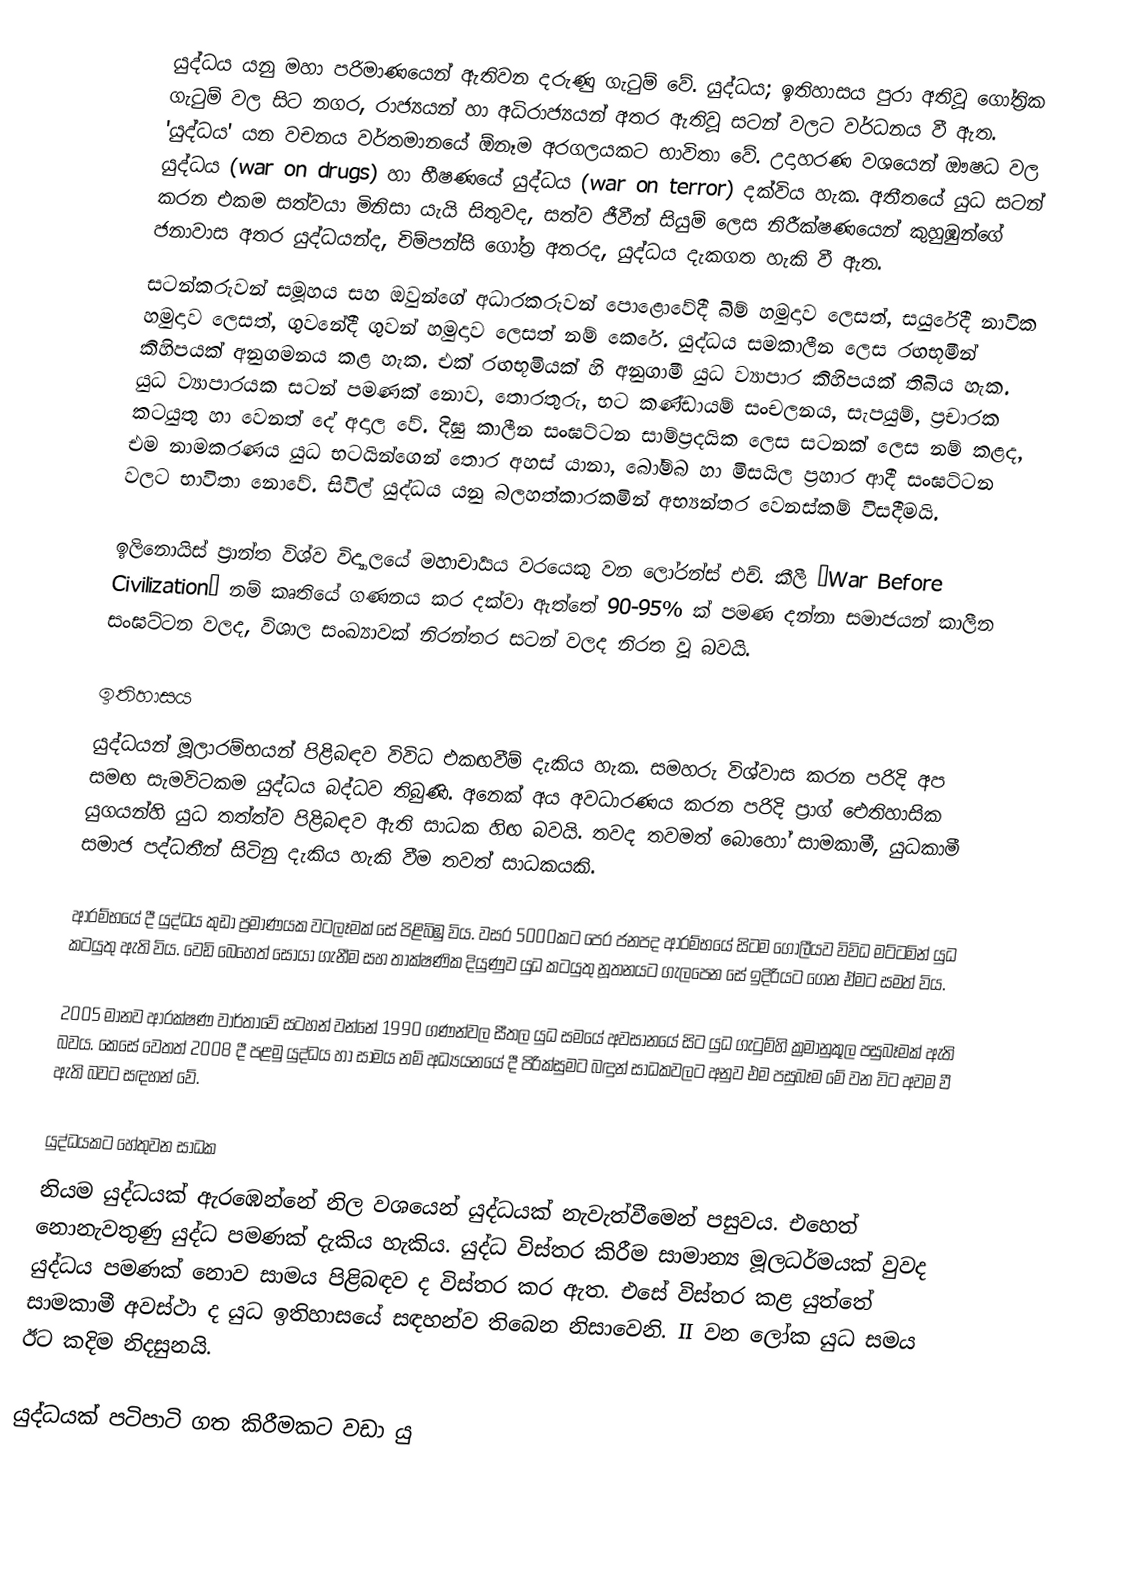
යුද්ධය යනු මහා පරිමාණයෙන් ඇතිවන දරුණු ගැටුම් වේ. යුද්ධය; ඉතිහාසය පුරා අතිවූ ගෝත්‍රික ගැටුම් වල සිට නගර, රාජ්‍යයන් හා අධිරාජ්‍යයන් අතර ඇතිවූ සටන් වලට වර්ධනය වී ඇත. 'යුද්ධය' යන වචනය වර්තමානයේ ඕනෑම අරගලයකට භාවිතා වේ. උදාහරණ වශයෙන් ඖෂධ වල යුද්ධය (war on drugs) හා භීෂණයේ යුද්ධය (war on terror) දක්විය හැක. අතීතයේ යුධ සටන් කරන එකම සත්වයා මිනිසා යැයි සිතුවද, සත්ව ජීවීන් සියුම් ලෙස නිරීක්ෂණයෙන් කුහුඹුන්ගේ ජනාවාස අතර යුද්ධයන්ද, චිම්පන්සි ගෝත්‍ර අතරද, යුද්ධය දැකගත හැකි වී ඇත.
සටන්කරුවන් සමූහය සහ ඔවුන්ගේ අධාරකරුවන් පොළොවේදී බිම් හමුදාව ලෙසත්, සයුරේදී නාවික හමුදාව ලෙසත්, ගුවනේදී ගුවන් හමුදාව ලෙසත් නම් කෙරේ. යුද්ධය සමකාලීන ලෙස රඟභූමීන් කිහිපයක් අනුගමනය කළ හැක. එක් රඟභූමියක් හි අනුගාමී යුධ ව්‍යාපාර කිහිපයක් තිබිය හැක. යුධ ව්‍යාපාරයක සටන් පමණක් නොව, තොරතුරු, භට කණ්ඩායම් සංචලනය, සැපයුම්, ප්‍රචාරක කටයුතු හා වෙනත් දේ අදාල වේ. දිඝු කාලීන සංඝට්ටන සාම්ප්‍රදයික ලෙස සටනක් ලෙස නම් කළද, එම නාමකරණය යුධ භටයින්ගෙන් තොර අහස් යානා, බෝම්බ හා මිසයිල ප්‍රහාර ආදී සංඝට්ටන වලට භාවිතා නොවේ. සිවිල් යුද්ධය යනු බලහත්කාරකමින් අභ්‍යන්තර වෙනස්කම් විසදීමයි.

ඉලිනොයිස් ප්‍රාන්ත විශ්ව විද්‍යාලයේ මහාචාර්‍යය වරයෙකු වන ලෝරන්ස් එච්. කීලී “War Before Civilization” නම් කෘතියේ ගණනය කර දක්වා ඇත්තේ 90-95% ක් පමණ දන්නා සමාජයන් කාලීන සංඝට්ටන වලද, විශාල සංඛ්‍යාවක් නිරන්තර සටන් වලද නිරත වූ බවයි.

ඉතිහාසය
යුද්ධ‍යන් මූලාරම්භයන් පිළිබඳව විවිධ එකඟවීම් දැකිය හැක. සමහරු විශ්වාස කරන පරිදි අප සමඟ සැමවිටකම යුද්ධය බද්ධව තිබුණි. අනෙක් අය අවධාරණය කරන පරිදි ප්‍රාග් ඓතිහාසික යුගයන්හි යුධ තත්ත්ව පිළිබඳව ඇති සාධක හිඟ බවයි. තවද තවමත් බොහෝ සාමකාමී, යුධකාමී සමාජ පද්ධතීන් සිටිනු දැකිය හැකි වීම තවත් සාධකයකි.

ආරම්භයේ දී යුද්ධය කුඩා ප්‍රමාණයක වටලෑමක් සේ පිළිබිඹු විය. වසර 5000කට පෙර ‍ජනපද ආරම්භයේ සිටම ගෝලීයව විවිධ මට්ටමින් යුධ කටයුතු ඇති විය. වෙඩි බෙහෙත් සොයා ගැනීම සහ තාක්ෂණික දියුණුව යුධ කටයුතු නූතනයට ගැලපෙන සේ ඉදිරියට ගෙන ඒමට සමත් විය.

2005 මානව ආරක්ෂණ වාර්තාවේ සටහන් වන්නේ 1990 ගණන්වල සීතල යුධ සමයේ අවසානයේ සිට යුධ ගැටුම්හි ක්‍රමානුකූල පසුබෑමක් ඇති බවය. කෙසේ වෙතත් 2008 දී පළමු යුද්ධය හා සාමය නම් අධ්‍යයනයේ දී පිරික්සුමට බඳුන් සාධකවලට අනුව එම පසුබෑම මේ වන විට අවම වී ඇති බවට සඳහන් වේ.

යුද්ධයකට හේතුවන සාධක
නියම යුද්ධයක් ඇරඹෙන්නේ නිල වශයෙන් යුද්ධයක් නැවැත්වීමෙන් පසුවය. එහෙත් නොනැවතුණු යුද්ධ පමණක් දැකිය හැකිය. යුද්ධ විස්තර කිරීම සාමාන්‍ය මූලධර්මයක් වුවද යුද්ධය පමණක් නොව සාමය පිළිබඳව ද විස්තර කර ඇත. එසේ විස්තර කළ යුත්තේ සාමකාමී අවස්ථා ද යුධ ඉතිහාසයේ සඳහන්ව තිබෙන නිසාවෙනි. II වන ලෝක යුධ සමය ඊට කදිම නිදසුනයි.

යුද්ධයක් පටිපාටි ගත කිරීමකට වඩා යු